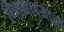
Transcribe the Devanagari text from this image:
मिळवावयाचा